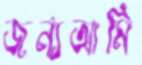
জন্যআমি